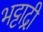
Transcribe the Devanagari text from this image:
भट्टाद्री